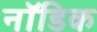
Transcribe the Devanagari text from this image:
नॉडिक